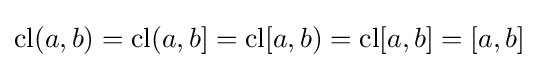
\operatorname {cl} (a,b)=\operatorname {cl} (a,b]=\operatorname {cl} [a,b)=\operatorname {cl} [a,b]=[a,b]